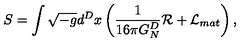
S = \int \sqrt { - g } d ^ { D } x \left( { \frac { 1 } { 1 6 \pi G _ { N } ^ { D } } } { \cal R } + { \cal L } _ { m a t } \right) ,